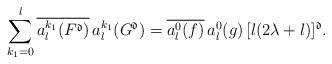
LaTeX: \begin{align*}\sum_{k_1=0}^l\overline{a_l^{k_1}(F^\mathfrak d)}\,a_l^{k_1}(G^\mathfrak d)=\overline{a_l^0(f)}\,a_l^0(g)\,[l(2\lambda+l)]^\mathfrak d.\end{align*}